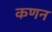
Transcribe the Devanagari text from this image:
कणन